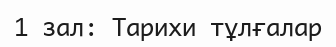
1 зал: Тарихи тұлғалар